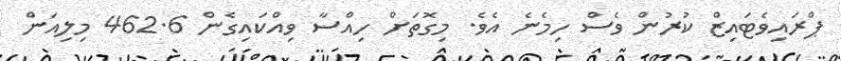
ޕްރައިވެޓައިޒް ކުރުން ވެސް ހިމެނެ އެވެ. މިގޮތަށް ހިއްސާ ވިއްކައިގެން 462.6 މިލިއަން